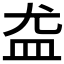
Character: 𪾊